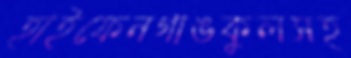
হাইফেনগাঙকুলসহ